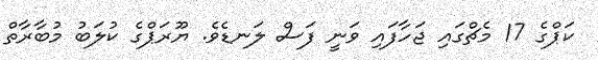
ކަޕްގެ 17 މެޗްގައި ޖަހާފައި ވަނީ ފަސް ލަނޑެވެ. ޔޫރަޕްގެ ކުލަބު މުބާރާތް